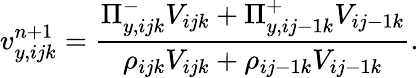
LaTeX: v_{y,ijk}^{n+1}=\frac{\Pi_{y,ijk}^{-}V_{ijk}+\Pi_{y,ij-1k}^{+}V_{ij-1k}}{\rho_{ijk}V_{ijk}+\rho_{ij-1k}V_{ij-1k}}.